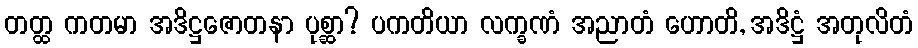
တတ္ထ ကတမာ အဒိဋ္ဌဇောတနာ ပုစ္ဆာ? ပကတိယာ လက္ခဏံ အညာတံ ဟောတိ, အဒိဋ္ဌံ အတုလိတံ